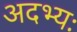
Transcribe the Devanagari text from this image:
अदभ्यः